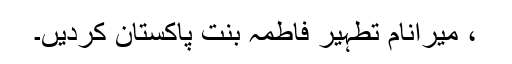
، میرانام تطہیر فاطمہ بنت پاکستان کردیں۔